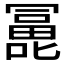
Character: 𰈵